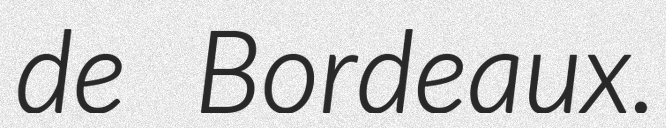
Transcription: de Bordeaux.